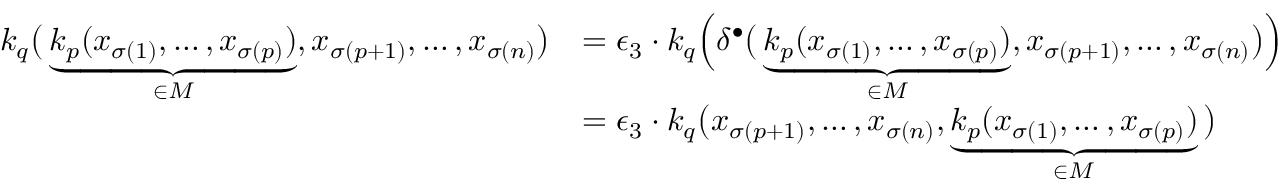
\begin{array} { r l } { k _ { q } \big ( \underbrace { k _ { p } ( x _ { \sigma ( 1 ) } , \ldots , x _ { \sigma ( p ) } ) } _ { \in M } , x _ { \sigma ( p + 1 ) } , \ldots , x _ { \sigma ( n ) } \big ) } & { = \epsilon _ { 3 } \cdot k _ { q } \Big ( \delta ^ { \bullet } \big ( \underbrace { k _ { p } ( x _ { \sigma ( 1 ) } , \ldots , x _ { \sigma ( p ) } ) } _ { \in M } , x _ { \sigma ( p + 1 ) } , \ldots , x _ { \sigma ( n ) } \big ) \Big ) } \\ & { = \epsilon _ { 3 } \cdot k _ { q } \big ( x _ { \sigma ( p + 1 ) } , \ldots , x _ { \sigma ( n ) } , \underbrace { k _ { p } ( x _ { \sigma ( 1 ) } , \ldots , x _ { \sigma ( p ) } ) } _ { \in M } \big ) } \end{array}